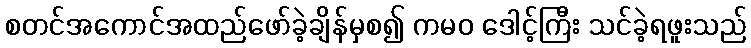
စတင်အကောင်အထည်ဖော်ခဲ့ချိန်မှစ၍ ကမဝ ဒေါင့်ကြီး သင်ခဲ့ရဖူးသည်